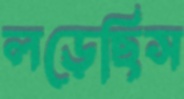
লড়েছিস